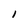
Character: 1